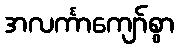
အလင်္ကာကျော်စွာ